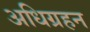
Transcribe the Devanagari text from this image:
अधिग्रहन